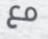
مع